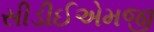
સીડીઈએમજી